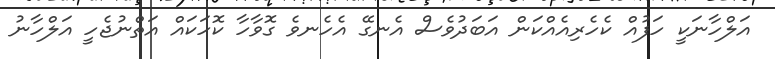
އަލްހާނަކީ ހަފުއް ކެހެރިއެއްކަން އަބަދުވެސް އެނގޭ އެހެނވެ ގޮވާހާ ކޮހަކައް އަތްނުޖެހީ އަލްހާނު